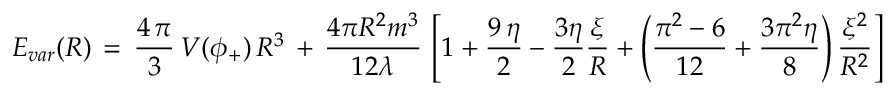
E _ { v a r } ( R ) \, = \, \frac { 4 \, \pi } { 3 } \, V ( \phi _ { + } ) \, R ^ { 3 } \, + \, { \frac { 4 \pi { R ^ { 2 } } { m ^ { 3 } } } { 1 2 \lambda } } \, \left[ 1 + \frac { 9 \, \eta } { 2 } - \frac { 3 \eta } { 2 } \frac { \xi } { R } + \left( \frac { \pi ^ { 2 } - 6 } { 1 2 } + \frac { 3 \pi ^ { 2 } \eta } { 8 } \right) \frac { \xi ^ { 2 } } { R ^ { 2 } } \right]